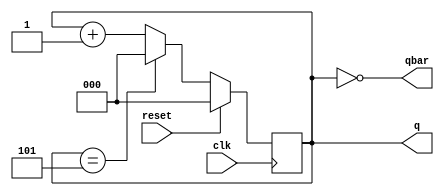
module mod6(clk,reset,q,qbar);
input clk,reset;
output reg [2:0]q;
output [2:0]qbar;
always@(posedge clk)
begin
if(reset)
q<=0;
else
begin
if(q==3'b101)
q<=0;
else
q<=q+1;
end
end
assign qbar=~q;
endmodule